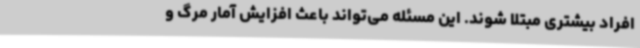
افراد بیشتری مبتلا شوند. این مسئله می‌تواند باعث افزایش آمار مرگ و